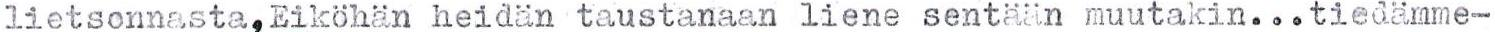
lietsonnasta,Eiköhän heidän taustanaan liene sentään muutakin...tiedämme-